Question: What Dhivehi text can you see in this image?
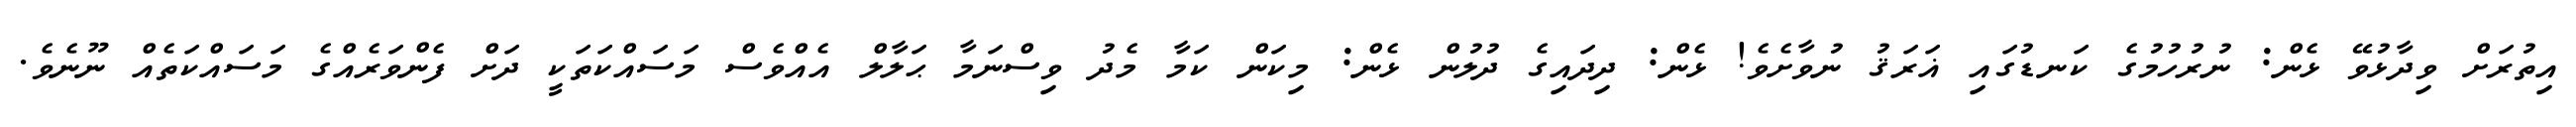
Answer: އިތުރަށް ވިދާޅުވޭ ޅެން: ނުރުހުމުގެ ކަނޑުގައި ޣަރަޤު ނުވާށެވެ! ޅެން: ދިދައިގެ ދުލުން ޅެން: މިކަން ކަމާ މެދު ވިސްނަމާ ޙަލާލް އެއްވެސް މަސައްކަތަކީ ދަށް ފެންވަރެއްގެ މަސައްކަތެއް ނޫނެވެ.